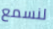
لنسمع